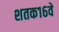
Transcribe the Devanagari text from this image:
शतक१६वे